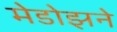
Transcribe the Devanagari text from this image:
मेडोझने